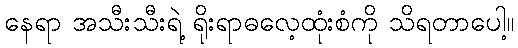
နေရာ အသီးသီးရဲ့ ရိုးရာဓလေ့ထုံးစံကို သိရတာပေါ့။